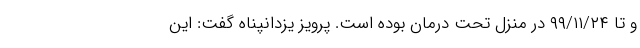
و تا ٩٩/١١/٢۴ در منزل تحت درمان بوده است. پرویز یزدانپناه گفت: این